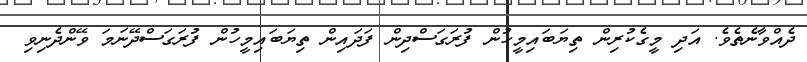
ދެއްވާނެތެވެ. އަދި މީގެކުރިން ތިޔަބައިމީހުން ފުރަގަސްދިން ފަދައިން ތިޔަބައިމީހުން ފުރަގަސްދޭނަމަ ވޭންދެނިވި